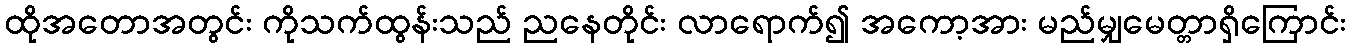
ထိုအတောအတွင်း ကိုသက်ထွန်းသည် ညနေတိုင်း လာရောက်၍ အကော့အား မည်မျှမေတ္တာရှိကြောင်း